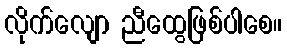
လိုက်လျော ညီထွေဖြစ်ပါစေ။